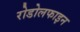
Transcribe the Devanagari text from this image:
रोडोलफाइन